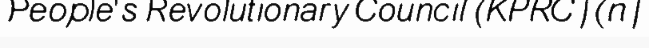
People's Revolutionary Council (KPRC) (n)